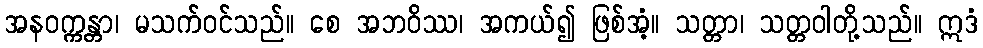
အနဝက္ကန္တာ၊ မသက်ဝင်သည်။ စေ အဘဝိဿ၊ အကယ်၍ ဖြစ်အံ့။ သတ္တာ၊ သတ္တဝါတို့သည်။ ဣဒံ